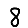
Digit: 8